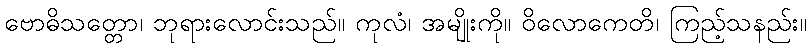
ဗောဓိသတ္တော၊ ဘုရားလောင်းသည်။ ကုလံ၊ အမျိုးကို။ ဝိလောကေတိ၊ ကြည့်သနည်း။